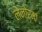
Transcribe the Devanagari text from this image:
लेनोर्मां